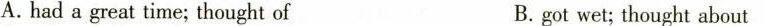
A.had a great time; thought of B.got wet; thought about